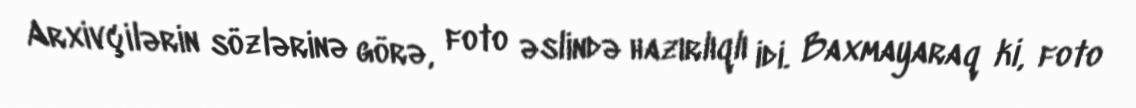
Arxivçilərin sözlərinə görə, foto əslində hazırlıqlı idi. Baxmayaraq ki, foto